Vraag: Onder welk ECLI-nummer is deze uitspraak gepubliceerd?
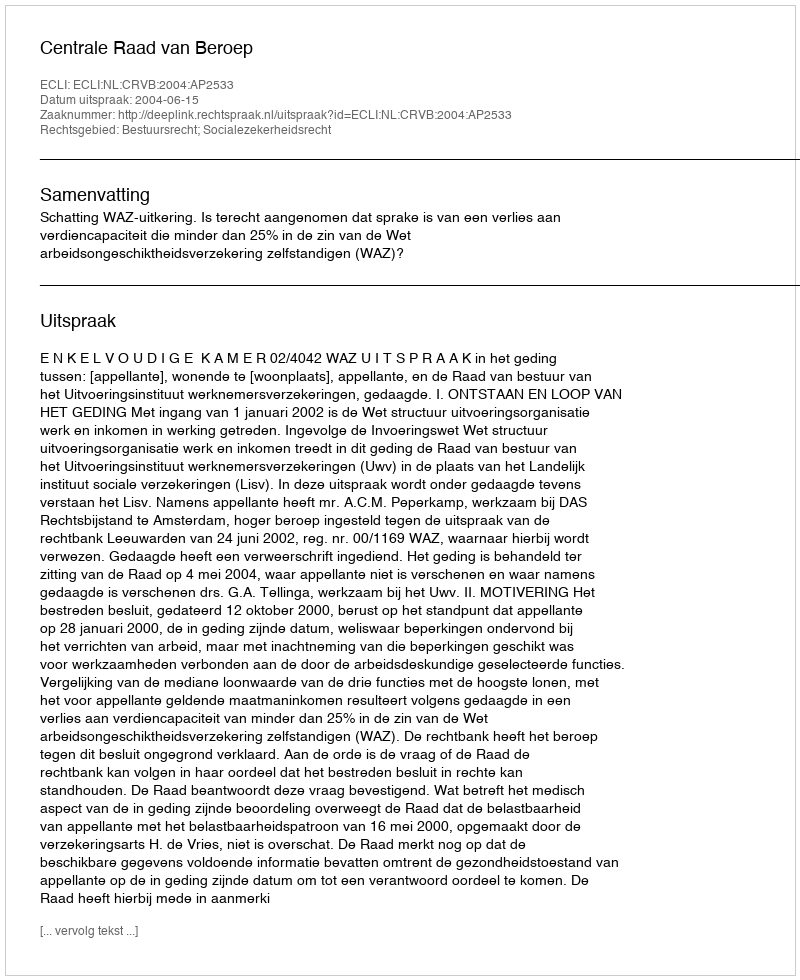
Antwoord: ECLI:NL:CRVB:2004:AP2533